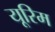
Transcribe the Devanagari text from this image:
यूरिम